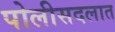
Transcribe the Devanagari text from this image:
पोलीसदलात